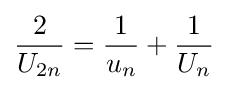
{\frac {2}{U_{2n}}}={\frac {1}{u_{n}}}+{\frac {1}{U_{n}}}